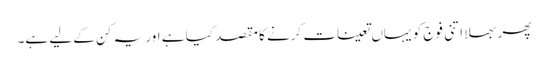
پھر بھلا اتنی فوج کو یہاں تعینات کرنے کا مقصد کیا ہے اور یہ کن کے لیے ہے۔